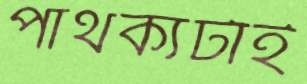
পাথর্ক্যটাই